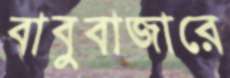
বাবুবাজারে